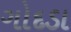
ગોદડા